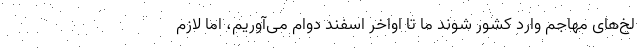
لخ‌های مهاجم وارد کشور شوند ما تا اواخر اسفند دوام می‌آوریم، اما لازم